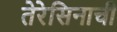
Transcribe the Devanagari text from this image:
तेरेसिनाची